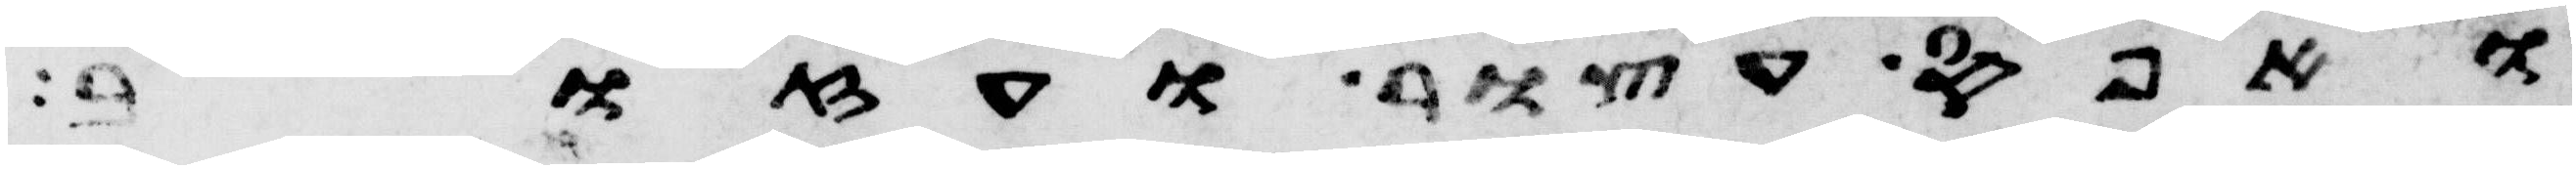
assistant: ואפס עצור ועזוב